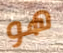
هو